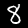
Label: 8